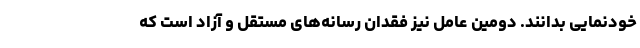
خودنمایی بدانند. دومین عامل نیز فقدان رسانه‌های مستقل و آزاد است که